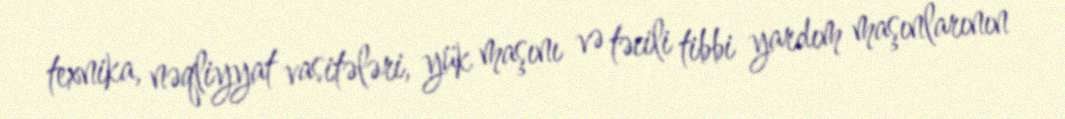
texnika, nəqliyyat vasitələri, yük maşını və təcili tibbi yardım maşınlarının